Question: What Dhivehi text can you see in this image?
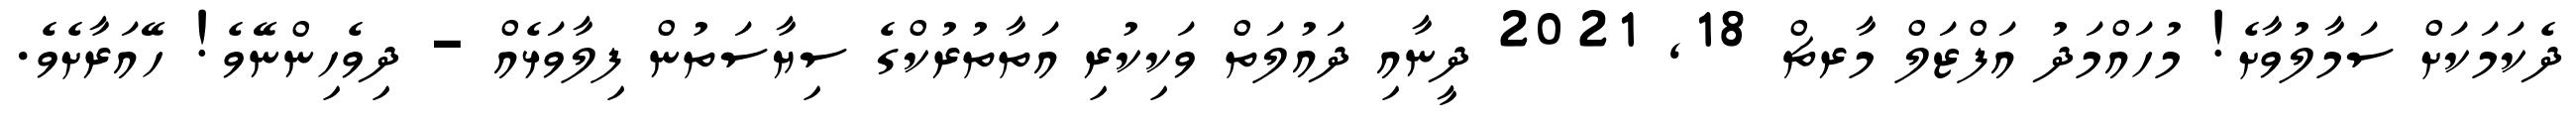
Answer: ދެކަމަކަށް ސަމާލުވާށެ! މުހައްމަދު އަފްޒަލް މާރޗް 18, 2021 ދީނާއި ދައުލަތް ވަކިކުރި އަތާތުރުކްގެ ސިޔާސަތުން ފިލާވަޅެއް - ދިވެހިންނޭވެ! ހޭއަރާށެވެ.